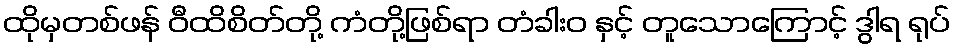
ထိုမှတစ်ဖန် ဝီထိစိတ်တို့ ကံတို့ဖြစ်ရာ တံခါးဝ နှင့် တူသောကြောင့် ဒွါရ ရုပ်